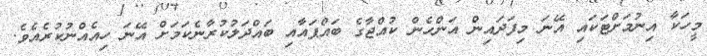
މީހަކާ އިނުމަށްޓަކައި އޭނަ މިފަދައިން އަންހެން ކުއްޖާގެ ބައްޕައާއި ބައްދަލުކުރާނެކަމަށް އޭނަ ހިއެއްނުކުރެއެވެ.